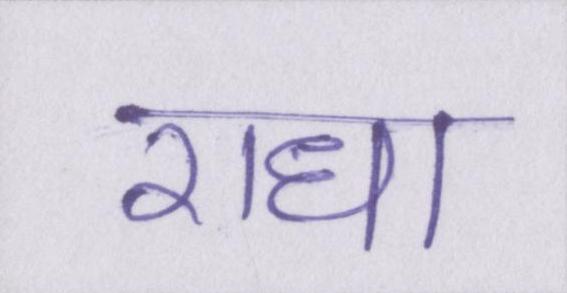
राधा